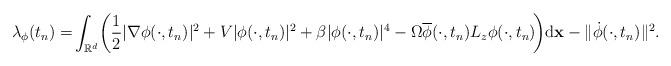
LaTeX: \begin{align*}\lambda_{\phi}(t_n)=\!\int_{\mathbb{R}^d}\!\left(\frac12|\nabla\phi(\cdot,t_n)|^2+V|\phi(\cdot,t_n)|^2+\beta|\phi(\cdot,t_n)|^4-\Omega\overline{\phi}(\cdot,t_n)L_z\phi(\cdot,t_n)\!\right)\!\mathrm{d}\mathbf{x}-\|\dot{\phi}(\cdot,t_n)\|^2.\end{align*}